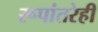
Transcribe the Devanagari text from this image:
रूपांतरेही